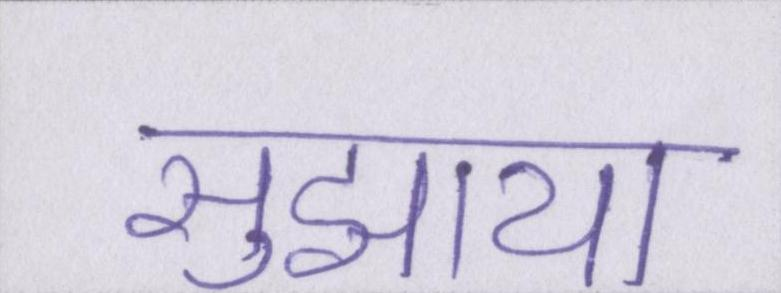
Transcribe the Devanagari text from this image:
सुझाया